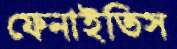
ফেনাইতিস